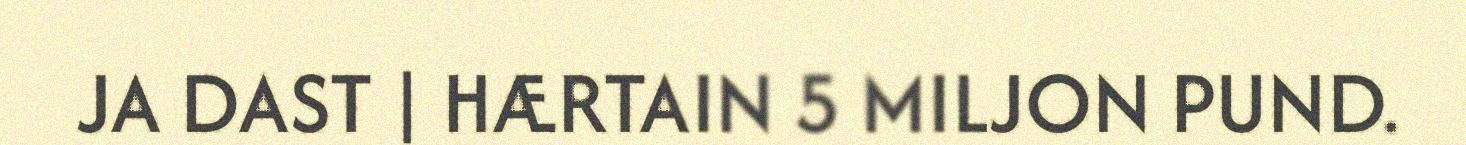
JA DAST | HÆRTAIN 5 MILJON PUND.